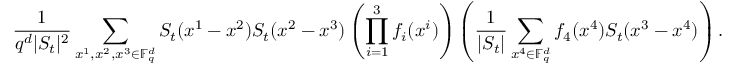
\frac { 1 } { q ^ { d } | S _ { t } | ^ { 2 } } \sum _ { x ^ { 1 } , x ^ { 2 } , x ^ { 3 } \in \mathbb F _ { q } ^ { d } } S _ { t } ( x ^ { 1 } - x ^ { 2 } ) S _ { t } ( x ^ { 2 } - x ^ { 3 } ) \left( \prod _ { i = 1 } ^ { 3 } f _ { i } ( x ^ { i } ) \right) \left( \frac { 1 } { | S _ { t } | } \sum _ { x ^ { 4 } \in \mathbb F _ { q } ^ { d } } f _ { 4 } ( x ^ { 4 } ) S _ { t } ( x ^ { 3 } - x ^ { 4 } ) \right) .